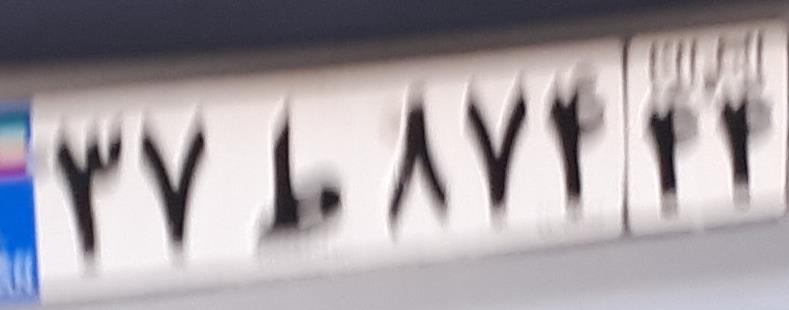
۳۷ط۸۷۴۴۴